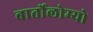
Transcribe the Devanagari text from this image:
बार्तोलोम्यो